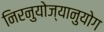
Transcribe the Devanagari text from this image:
निरनुयोज्यानुयोग